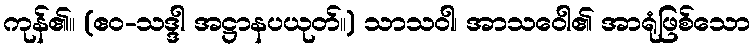
ကုန်၏။ (ဧဝ-သဒ္ဒါ အဋ္ဌာနပယုတ်။) သာသဝါ၊ အာသဝေါ၏ အာရုံဖြစ်သော